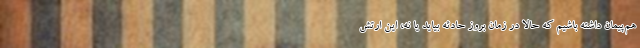
هم‌پیمان داشته باشیم که حالا در زمان بروز حادثه بیاید یا نه، این ارتش